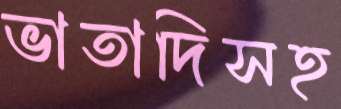
ভাতাদিসহ